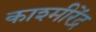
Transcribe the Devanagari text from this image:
काश्मीरेंद्र